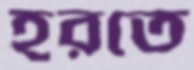
হরতে